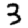
Digit: 3